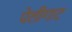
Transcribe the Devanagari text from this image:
पेलीगाट